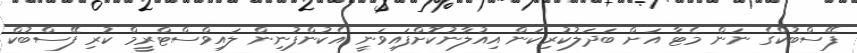
ފޭސްބުކްގެ ނަން މެޓާ އަށް ބަދަލުކުރިކަން އިއުލާނުކޮށްފައިވަނީ އެކުންފުނިން ލައިވްސްޓްރީމް ކުރި ފޭސްބުކް